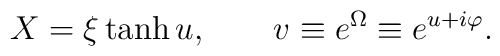
X = \xi \tanh u, \\\qquad v \equiv e^{\Omega} \equiv e^{u + i \varphi}.